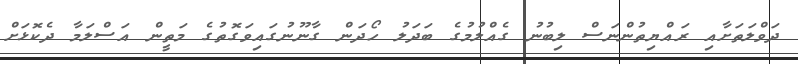
ދަވްލަތަށާއި ރައްޔިތުންނަސް ލިބުނު ގެއްލުމުގެ ބަދަލު ހޯދަން ގާނޫނުގައިވަގޮތުގެ މަތީން އަސްލަމާ ދެކޮޅަށް